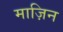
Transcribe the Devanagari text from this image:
माज़िन